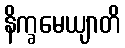
နိက္ခမေယျာတိ